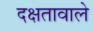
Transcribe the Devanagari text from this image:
दक्षतावाले